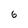
Character: 6